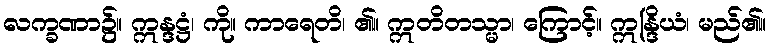
လက္ခဏာ၌။ ဣန္ဒဋ္ဌံ၊ ကို။ ကာရေတိ၊ ၏။ ဣတိတသ္မာ၊ ကြောင့်။ ဣန္ဒြိယံ၊ မည်၏။